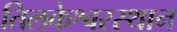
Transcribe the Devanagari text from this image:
तिलकेश्वरस्थान